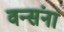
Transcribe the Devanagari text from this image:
वन्संना